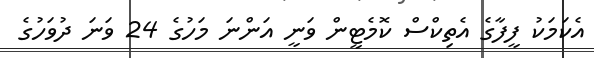
އެކަމަކު ފީފާގެ އެތިކްސް ކޮމެޓީން ވަނީ އަންނަ މަހުގެ 24 ވަނަ ދުވަހުގެ